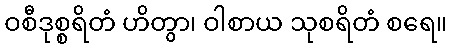
ဝစီဒုစ္စရိတံ ဟိတွာ၊ ဝါစာယ သုစရိတံ စရေ။